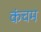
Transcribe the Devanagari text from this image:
कंचम